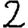
Digit: 2